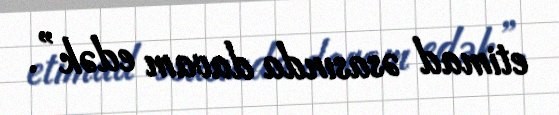
etimad əsasında davam edək”.